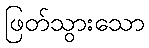
ဖြတ်သွားသော